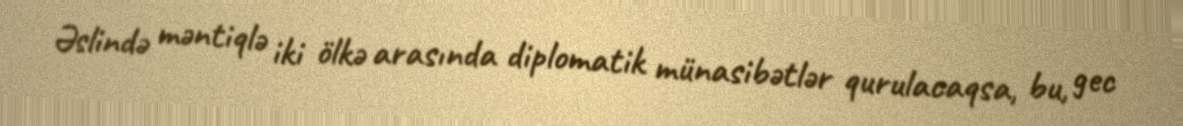
Əslində məntiqlə iki ölkə arasında diplomatik münasibətlər qurulacaqsa, bu, gec